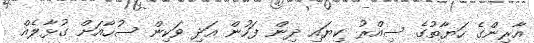
އާރިންގެ ހަޔާތުގެ ސިއްރު ކިޔައި ދިން ފަހުން އަދި ވަކިން ސުހާއަށް ގުޅާލެއް